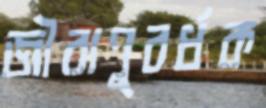
জীবাণুবর্ধক